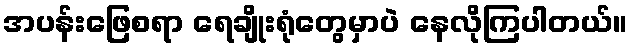
အပန်းဖြေစရာ ရေချိုးရုံတွေမှာပဲ နေလိုကြပါတယ်။